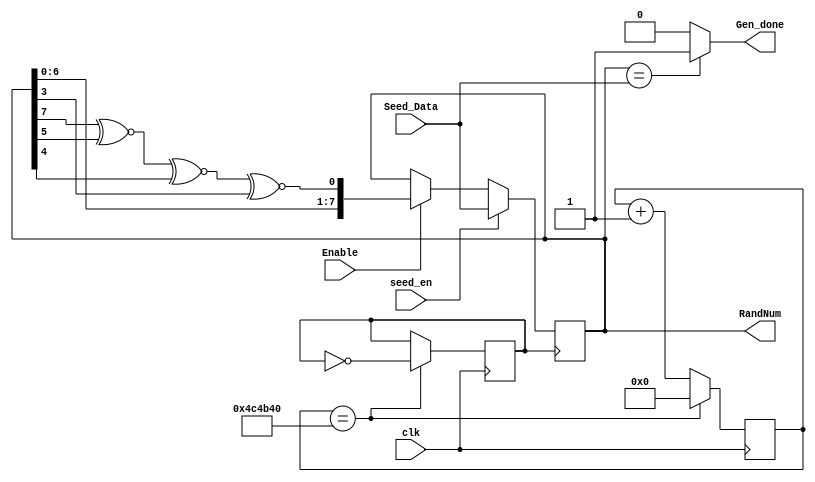
// code to generate 8 bit pesuedo random numbers....let's see how this goes
module LFSR(
input clk,
input Enable,
input  [7:0] Seed_Data,
input seed_en,
output [7:0] RandNum,
output Gen_done
);

reg [8:1] intNum;
reg Xnor_bit;
reg clk_out;
reg [25:0] count=0;
 
always @(posedge clk)
    begin
    count<=count+1;
    if (count==50_000_00)
    begin
    count<=0;
    clk_out = ~clk_out;
    end
    end



always @(posedge clk_out)
begin
    if(seed_en)
        intNum <=Seed_Data;
    else
        if(Enable == 1'b1)
            intNum <= {intNum[7:1],Xnor_bit};

end

always @(*)
Xnor_bit <= intNum[8] ^~ intNum[6] ^~ intNum[5] ^~ intNum[4];

assign RandNum = intNum;
assign Gen_done = (intNum == Seed_Data) ? 1'b1: 1'b0;
endmodule